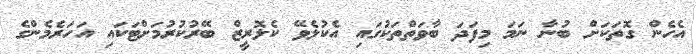
އެހެން ގޮތަކަށް ބުނާ ނަމަ މިފަދަ ބާވަތްތަކުގައި އެކުލެވޭ ކެލޮރީޒް ބޭރުކުރުމަށްޓަކައި އަހަރެމެންގެ